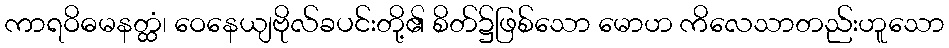
ကာရဝိဓမနတ္ထံ၊ ဝေနေယျဗိုလ်ခပင်းတို့၏ စိတ်၌ဖြစ်သော မောဟ ကိလေသာတည်းဟူသော